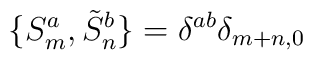
\{S_{m}^{a},\tilde{S}_{n}^{b}\}=\delta^{ab}\delta_{m+n,0}